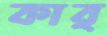
কার্